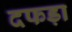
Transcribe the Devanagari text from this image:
दफड़ा